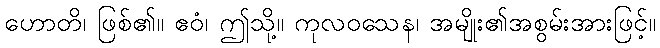
ဟောတိ၊ ဖြစ်၏။ ဧဝံ၊ ဤသို့။ ကုလဝသေန၊ အမျိုး၏အစွမ်းအားဖြင့်။